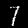
Label: 7